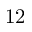
1 2